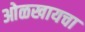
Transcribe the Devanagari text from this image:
ओळखायचा